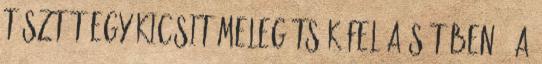
tésztát egy kicsit melegítsük fel a sütőben . A